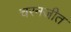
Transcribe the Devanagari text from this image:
चरनजीत